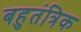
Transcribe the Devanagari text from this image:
बहुतंत्रिक